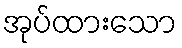
အုပ်ထားသော